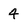
Character: 4